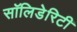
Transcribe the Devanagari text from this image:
सॉलिडेरिटी